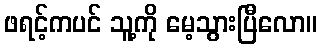
ဖရင့်ကပင် သူ့ကို မေ့သွားပြီလော။